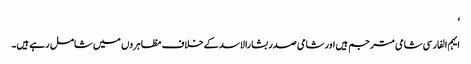
‘
ایہم الفارسی شامی مترجم ہیں اور شامی صدر بشارالاسد کے خلاف مظاہروں میں شامل رہے ہیں۔